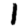
Digit: 1